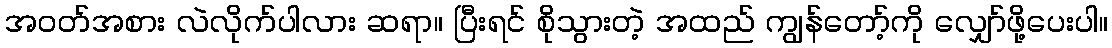
အဝတ်အစား လဲလိုက်ပါလား ဆရာ။ ပြီးရင် စိုသွားတဲ့ အထည် ကျွန်တော့်ကို လျှော်ဖို့ပေးပါ။